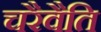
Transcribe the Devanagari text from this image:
चरैवैति